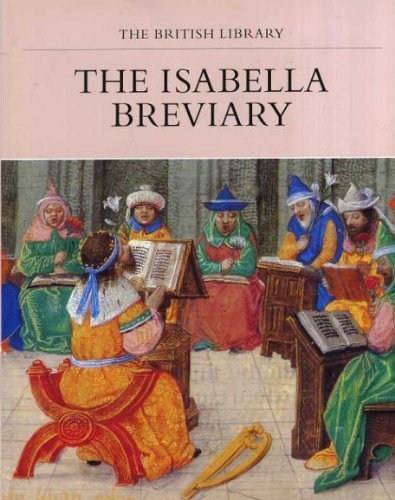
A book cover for Isabella Breviary; Janet Backhouse; Arts & Photography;